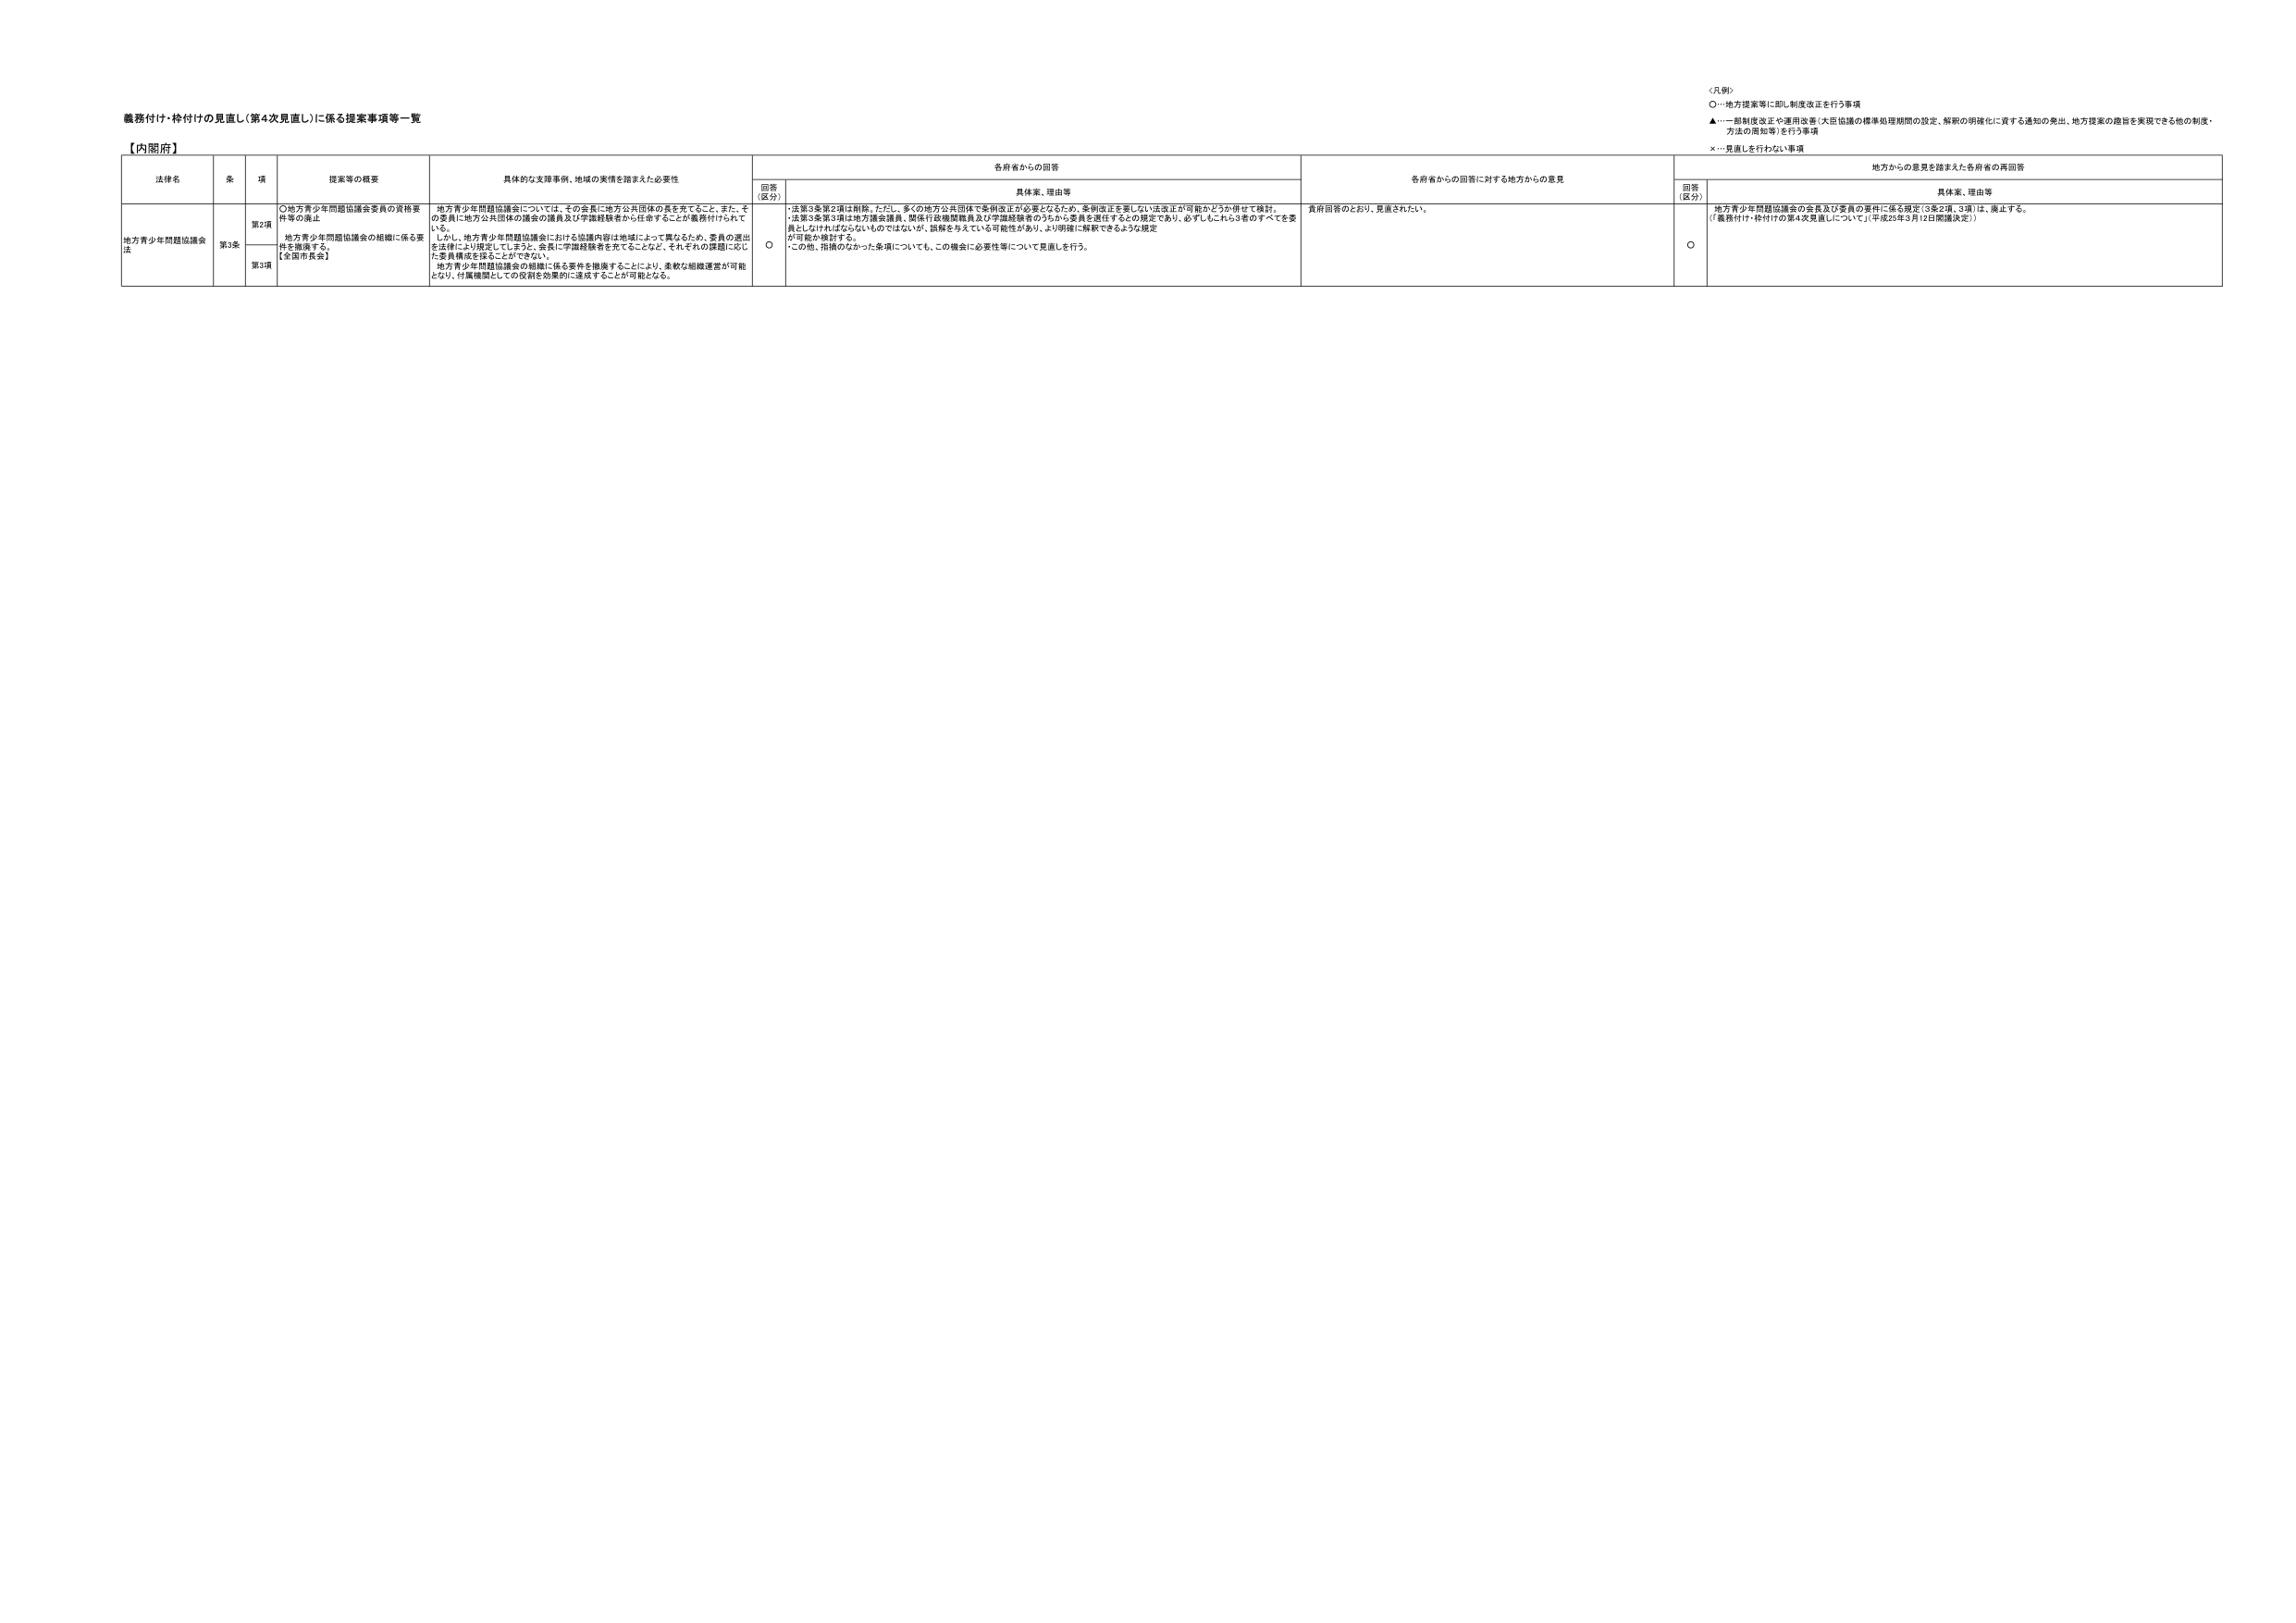
義務付け・枠付けの見直し（第4次見直し）に係る提案事項等一覧

【内閣府】

〈凡例〉
○…地方提案等に即し制度改正を行う事項
▲…一部制度改正や運用改善（大臣協議の標準処理期間の設定、解釈の明確化に資する通知の発出、地方提案の趣旨を実現できる他の制度・方法の周知等）を行う事項
×…見直しを行わない事項

法律名　　　　条　　　　項　　　　提案等の概要　　　　具体的な支援事例、地域の実情を踏まえた必要性　　　　各府省からの回答　　　　各府省からの回答に対する地方からの意見　　　　地方からの意見を踏まえた各府省の再回答